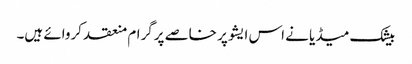
بیشک میڈیا نے اس ایشو پر خاصے پرگرام منعقد کروائے ہیں۔